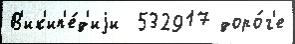
В'ик'ип'е́д'иjи  532917 доро́г'е